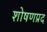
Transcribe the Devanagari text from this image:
शोषणप्रद